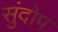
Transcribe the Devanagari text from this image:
सुंदोप